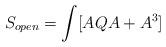
LaTeX: \begin{align*}S_{open}=\int [A Q A + A^3]\end{align*}